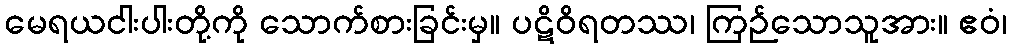
မေရယငါးပါးတို့ကို သောက်စားခြင်းမှ။ ပဋိဝိရတဿ၊ ကြဉ်သောသူအား။ ဧဝံ၊